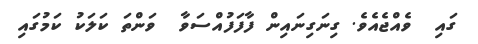
ގައި  ވެއްޖެއެވެ. ގިނަގިނައިން ފާފަފުއްސަވާ  ވަންތަ ކަލަކު ކަމުގައި